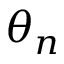
\theta _ { n }